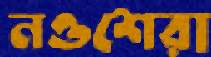
নওশেরা